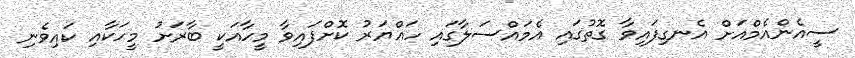
ސީއެންއެމްއަށް އެނގިފައިވާ ގޮތުގައި އެމައްސަލާގައި ހައްޔަރު ކޮށްފައިވާ މީހާއަކީ ބާރަށު މީހަކާއި ކައިވެނި